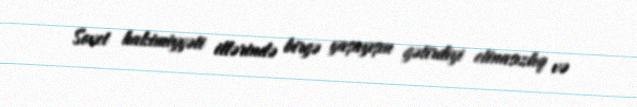
Sovet hakimiyyəti illərində birgə yaşayışın gətirdiyi etinasızlıq və